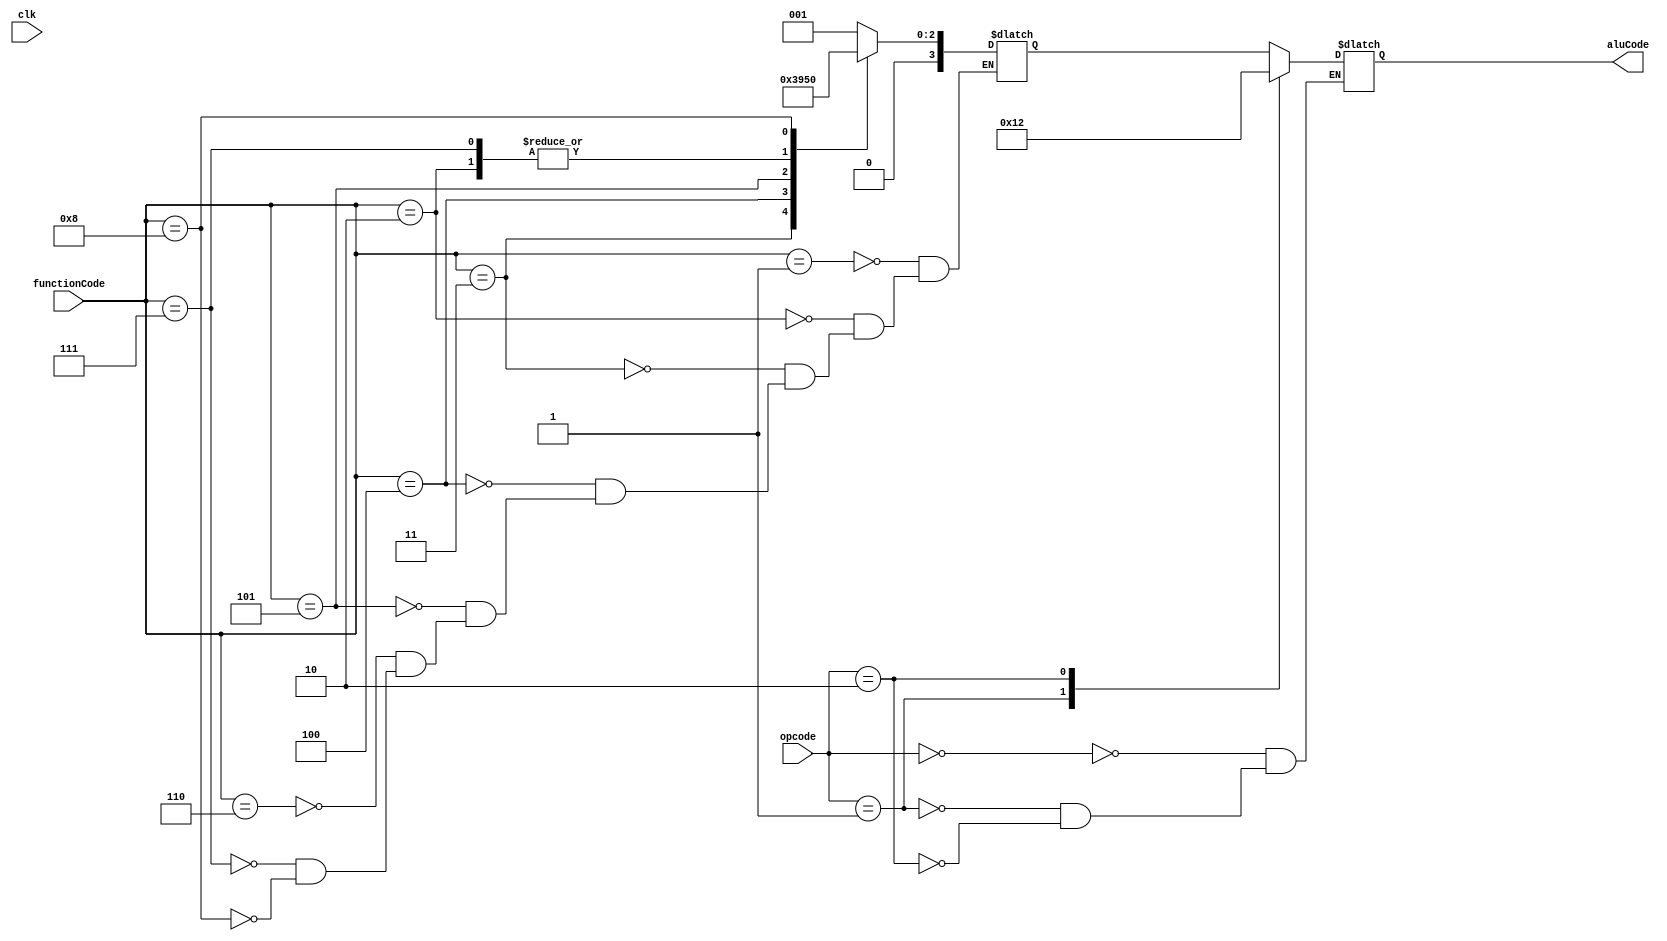
// ALU control

module aluControl(

    opcode,
    functionCode,
    aluCode,
    clk
);

input [1:0] opcode;
input [3:0] functionCode; // op code + function code makes the entire opcode 
input clk;

output reg [3:0] aluCode;
reg [3:0] decoded;
// function codes
parameter noOpCoe = 'b0000;
parameter addCode = 'b0001;
parameter subCode = 'b0010;
parameter andCode = 'b0011;
parameter orCode = 'b0100;
parameter siltCode = 'b0101; // set if less than
parameter addICode = 'b0110; // add imidiet
parameter subICode = 'b0111;
parameter liCode = 'b1000; // lw imidiet
// op code
parameter opDecode = 'b00; // decode fucntion
parameter opAdd = 'b01; // add
parameter opSub = 'b10; // sub

always @(opcode or functionCode or clk)begin
    
    case (opcode) // opcode 
        opDecode : aluCode <= decoded; // decode funciton code
        opAdd    : aluCode <= addCode; // add
        opSub    : aluCode <= subCode; // subtract
    endcase
    
    case (functionCode) // decodes function code
        addCode  : decoded <= addCode;
        subCode  : decoded <= subCode;
        andCode  : decoded <= andCode;
        orCode   : decoded <= orCode;
        siltCode : decoded <= siltCode;
        addICode : decoded <= addCode;
        subICode : decoded <= subCode;
        liCode   : decoded <= noOpCoe;
    endcase
    

end




endmodule